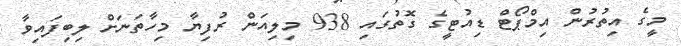
މީގެ އިތުރުން އިމްޕޯޓް ޑިއުޓީގެ ގޮތުގައި 938 މިލިއަން ރުފިޔާ މިހާތަނަށް ލިބިފައިވާ